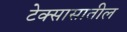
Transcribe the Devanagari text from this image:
टेक्सासातील